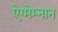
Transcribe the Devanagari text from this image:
ऐग्मेम्नान